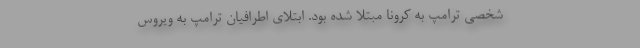
شخصی ترامپ به کرونا مبتلا شده بود. ابتلای اطرافیان ترامپ به ویروس